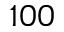
1 0 0